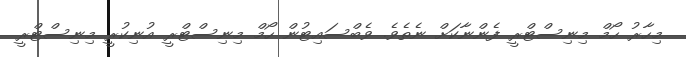
މިހާރު ހޯމް މިނިސްޓްރީ ފެންނާކަށް ނެތެވެ. ވެބްސައިޓުން ހޯމް މިނިސްޓްރީ އުނިކުރީ މިނިސްޓްރީ